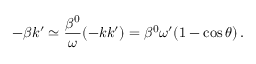
- \beta k ^ { \prime } \simeq \frac { \beta ^ { 0 } } { \omega } ( - k k ^ { \prime } ) = \beta ^ { 0 } \omega ^ { \prime } ( 1 - \cos \theta ) \, .